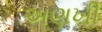
અણખી